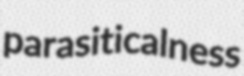
parasiticalness